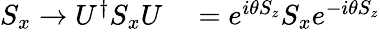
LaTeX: \begin{array}{rl}{S_{x}\rightarrow U^{\dagger}S_{x}U}&{{}=e^{i\theta S_{z}}S_{x}e^{-i\theta S_{z}}}\end{array}